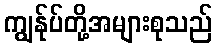
ကျွန်ုပ်တို့အများစုသည်